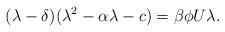
LaTeX: \begin{align*}(\lambda-\delta)(\lambda^2-\alpha\lambda-c)=\beta\phi U\lambda.\end{align*}